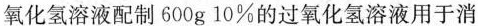
氧化氢溶液配制600g10%的过氧化氢溶液用于消